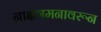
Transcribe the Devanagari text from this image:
नाक्षत्रमनावरून